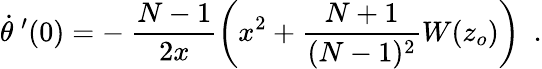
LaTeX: \dot{\theta}\ ^{\prime}(0)=-\ \frac{N-1}{2x}\left(x^{2}+\frac{N+1}{(N-1)^{2}}W(z_{o})\right)\ \ .